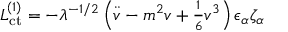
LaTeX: { \cal L } _ { \mathrm { c t } } ^ { ( 1 ) } = - \lambda ^ { - 1 / 2 } \left( \ddot { v } - m ^ { 2 } v + { \textstyle { \frac { 1 } { 6 } } } v ^ { 3 } \right) \epsilon _ { \alpha } \zeta _ { \alpha }